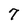
Character: 7